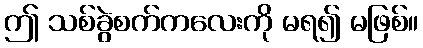
ဤ သစ်ခွဲစက်ကလေးကို မရ၍ မဖြစ်။